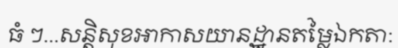
ធំ ៗ...សន្តិសុខអាកាសយានដ្ឋានតម្លៃឯកតា: